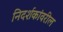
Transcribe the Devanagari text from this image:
निदर्शकांवरील